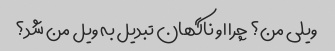
ویلی من؟ چرا او ناگهان تبدیل به ویل من شد؟